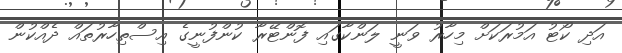
އަދި ކޯޓު އަމުރަކަށް މިހާރު ވަނީ ލަންކާގައި ފޮންޓޭރާ ކުންފުނީގެ އިސްތިހާރުތައް ދެއްކުން